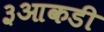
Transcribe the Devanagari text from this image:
३आकडी